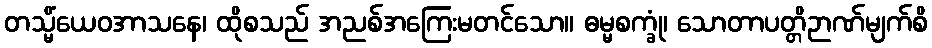
တသ္မိံယေဝအာသနေ၊ ထိုစသည် အညစ်အကြေးမတင်သော။ ဓမ္မစက္ခုံ၊ သောတာပတ္တိဉာဏ်မျက်စိ